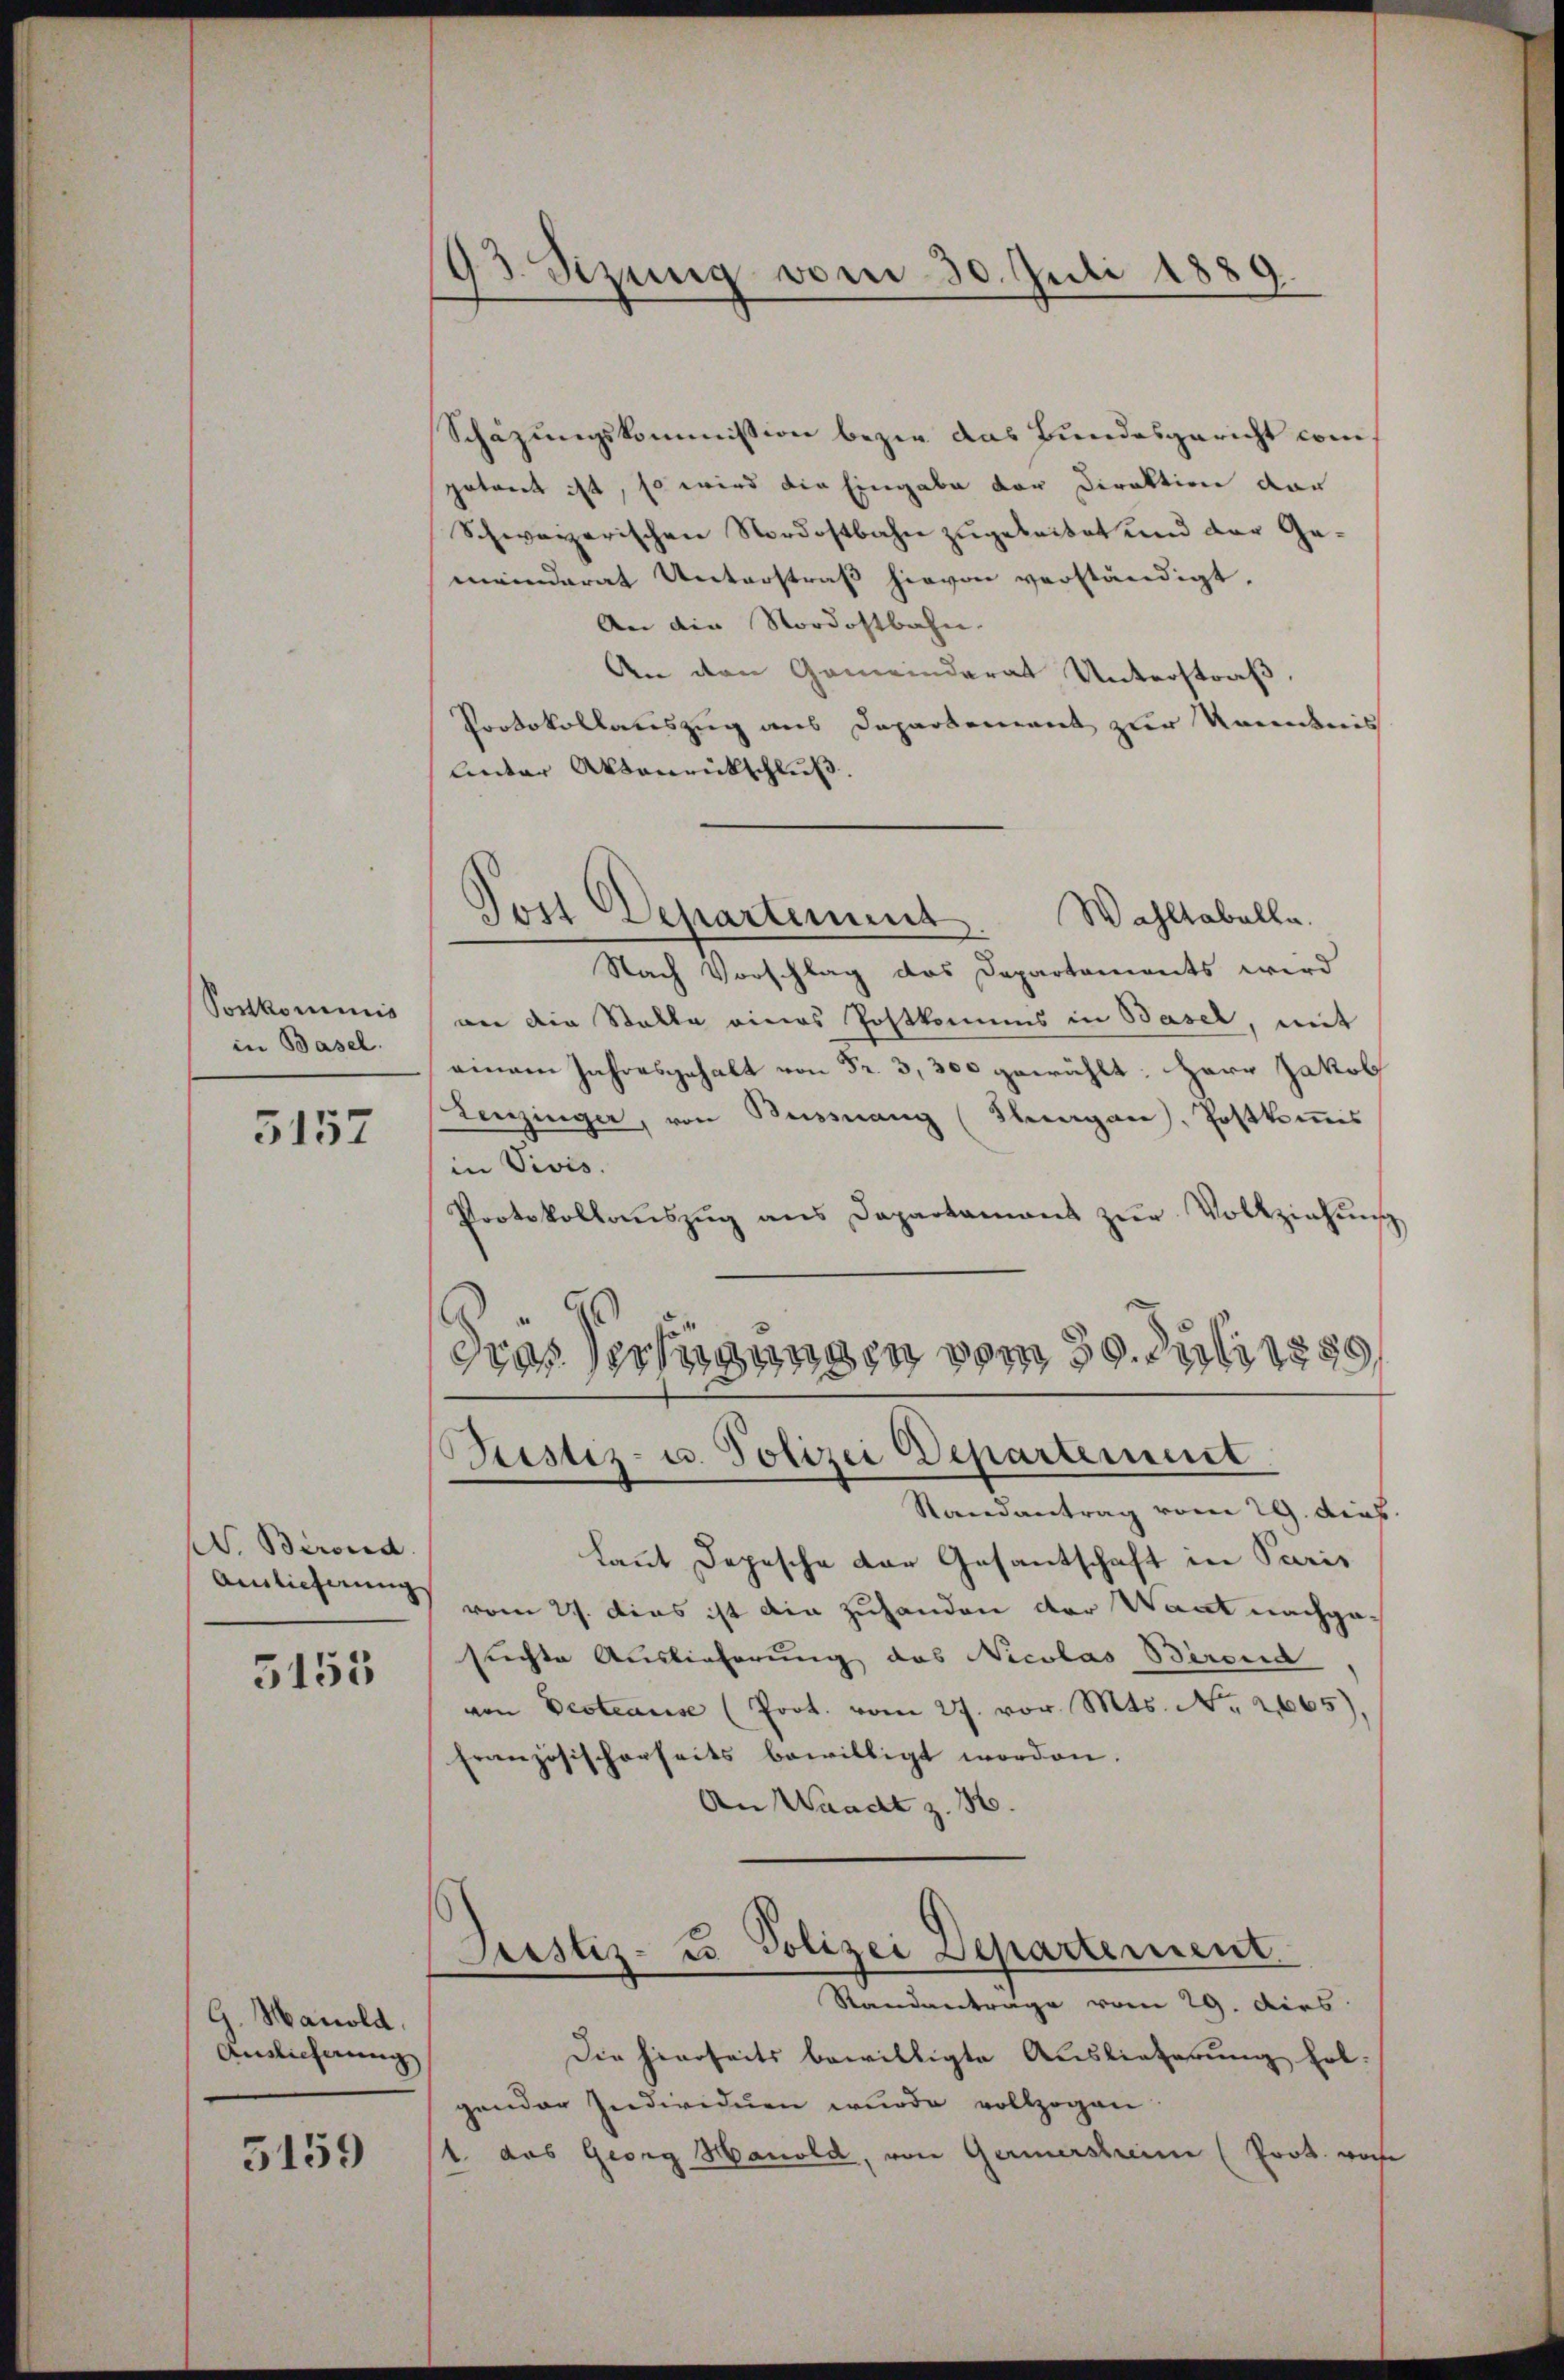
Sortkommnis
in Basel.

5157

N. Bered
Ainlieferung

5153

G. Manold,
Auslieferung

5159

93. Sizung vom 30. Juli 1889.

Schazungskommission bezir das Bundesgericht com
potreet ist, so wird die Eingabe der Direktion dar
Schweizerischen Nordostbahn zugebeitet und der Ge-
meinderat Unterstraß hievon verständigt,
An die Nordostbahn.
An den Gemeinderat Unterstraß,
Protokollauszug aus Departement zur Kenntnis
Unter Aktenrückschluß.
Nach Vorschlag das Departements wird
ver die Stalle eines Postkomms in Basel, mit
einem Jahresgehalt von Fr. 3,300 gewählt: Herr Jakob
Lenzinger, von Bussnang (Thurgau, Postkommis
in Vivis.
Protokollaŭszŭg ans Departamant zŭr Vollziehŭng
dras Verfügungen vom 30. Juli 1880,
Justiz- u. Polizei Departement
Randantrag vom 29. dies
kannt Depesche der Gesantschaft in Paris
vom 27. Das ist die Zuhanden der Waat nachgesuchte Auslieferung das Nicolas Birend,
von Bestause (Prot. vom 27. vor. Mts. No. 2665)
Französischerseits bewilligt worden.
An Waadt z. 36.
Justiz- u. Polizei Departement
Standantrage vom 29. Dies
Die hierseits bewilligte Auslieferung hat.
gender Individuen wurde vollzogen
1 das Georg Hanold, von Germersheim (Prok. woche

Post Departement. Wahltabelle.